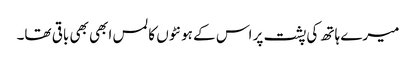
میرے ہاتھ کی پشت پر اس کے ہونٹوں کا لمس ابھی بھی باقی تھا۔